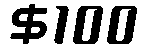
$100